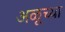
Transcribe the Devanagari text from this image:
अळूच्या